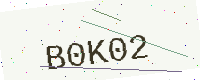
Text: B0K02